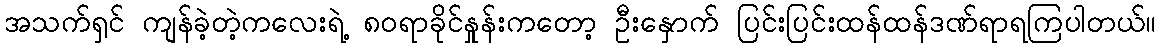
အသက်ရှင် ကျန်ခဲ့တဲ့ကလေးရဲ့ ၈၀ရာခိုင်နှုန်းကတော့ ဦးနှောက် ပြင်းပြင်းထန်ထန်ဒဏ်ရာရကြပါတယ်။